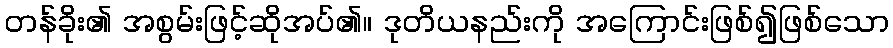
တန်ခိုး၏ အစွမ်းဖြင့်ဆိုအပ်၏။ ဒုတိယနည်းကို အကြောင်းဖြစ်၍ဖြစ်သော